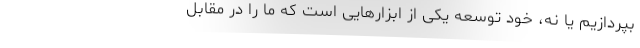
بپردازیم یا نه، خود توسعه یکی از ابزارهایی است که ما را در مقابل